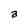
Character: a